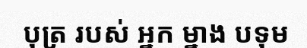
បុត្រ របស់ អ្នក ម្នាង បទុម